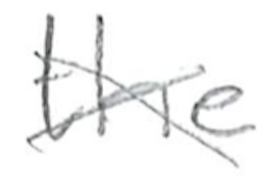
Text: the
Cross-out: cross
Writing tool: pencil